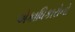
એકાધિકારોનો